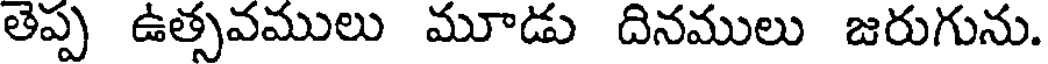
తెప్ప ఉత్సవములు మూడు దినములు జరుగును.